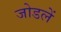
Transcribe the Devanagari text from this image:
जोडलें